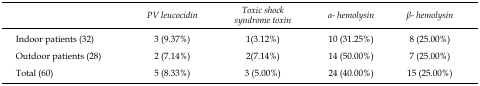
<table><thead><tr><td></td><td><b><i>PV leucocidin</i></b></td><td><b><i>Toxic shock syndrome toxin</i></b></td><td><b><i>α- hemolysin</i></b></td><td><b><i>β- hemolysin</i></b></td></tr></thead><tbody><tr><td>Indoor patients (32)</td><td>3 (9.37%)</td><td>1(3.12%)</td><td>10 (31.25%)</td><td>8 (25.00%)</td></tr><tr><td>Outdoor patients (28)</td><td>2 (7.14%)</td><td>2(7.14%)</td><td>14 (50.00%)</td><td>7 (25.00%)</td></tr><tr><td>Total (60)</td><td>5 (8.33%)</td><td>3 (5.00%)</td><td>24 (40.00%)</td><td>15 (25.00%)</td></tr></tbody></table>